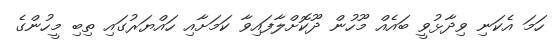
ހަމަ އެކަނި ވިދާޅުވީ ބައެއް މޫހުން ދޫކޮށްލާފައިވާ ކަމަށާއި ހައްޔަރުގައި ތިބި މީހުންގެ